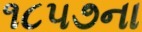
૧૮૫૭ના